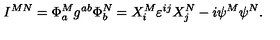
I ^ { M N } = \Phi _ { a } ^ { M } g ^ { a b } \Phi _ { b } ^ { N } = X _ { i } ^ { M } \varepsilon ^ { i j } X _ { j } ^ { N } - i \psi ^ { M } \psi ^ { N } .